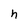
Character: n